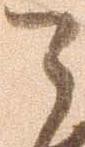
令